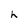
Character: h